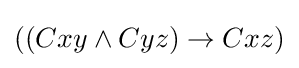
((Cxy\land Cyz)\rightarrow Cxz)